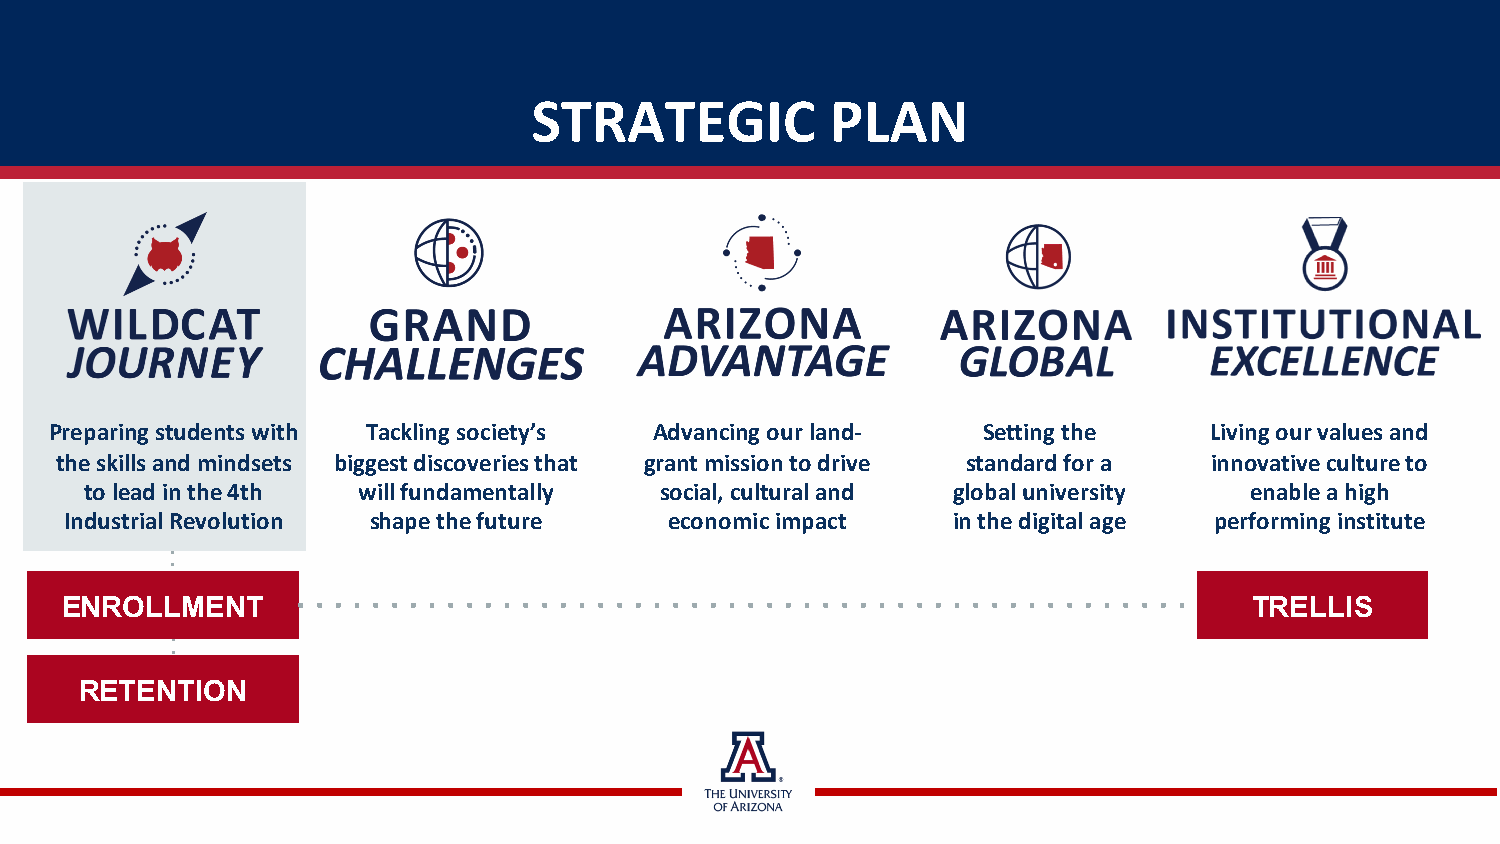
STRATEGIC           PLAN
 Preparing students with Tackling society’s Advancing our land- Setting the   Living our values and
 the skills and mindsets biggest discoveries that grant mission to drive standard for a innovative culture to
 to lead in the 4th will fundamentally social, cultural and global university enable a high
 Industrial Revolution shape the future  economic impact    in the digital age performing institute
 ENROLLMENT                                                                     TRELLIS
 RETENTION